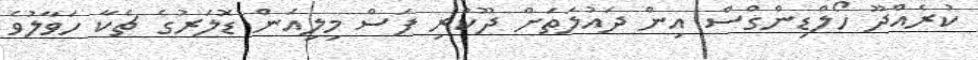
ކުރެއްދޫ ހޯލްޑިންގްސް އިން ދައުލަތަށް ދޫކުރި ފަސް މިލިއަން ޑޮލަރުގެ ޗެކާ ހަވާލުވެ